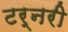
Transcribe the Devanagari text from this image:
टर्नरी